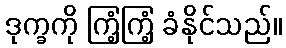
ဒုက္ခကို ကြံ့ကြံ့ ခံနိုင်သည်။